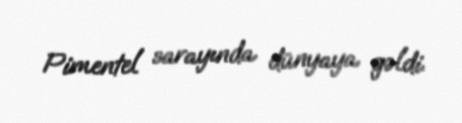
Pimentel sarayında dünyaya gəldi.